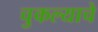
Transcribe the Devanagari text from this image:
चुकल्याचे